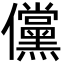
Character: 儻